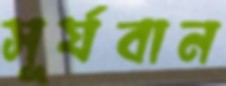
সূর্যবান